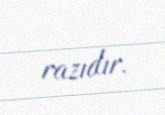
razıdır.